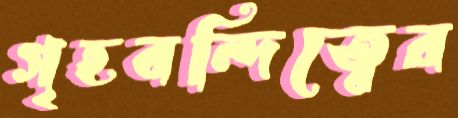
গৃহবন্দিত্বের